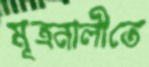
মূত্রনালীতে